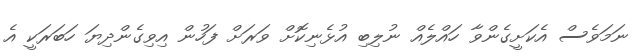
ނަމަވެސް އެކަށީގެންވާ ހައްލެއް ނުލިބި އުޅެނިކޮށް ވަރަށް ފަހުން އިވިގެންދިޔަ ހަބަރަކީ އެ